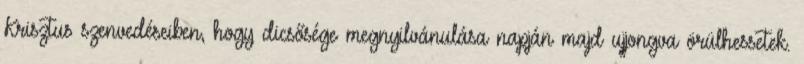
Krisztus szenvedéseiben, hogy dicsősége megnyilvánulása napján majd ujjongva örülhessetek.